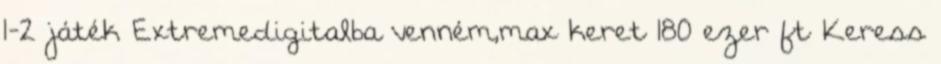
1-2 játék Extremedigitalba venném,max keret 180 ezer ft Keress